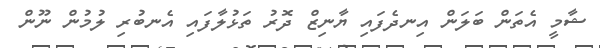
ޝާމީ އެތަން ބަލަން އިނދެފައި ޔާނިޒް ދޮރު ތަޅުލާފައި އެނބުރި ލުމުން ނޫން